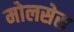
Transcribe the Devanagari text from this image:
मोलसेस